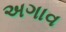
અગાવ